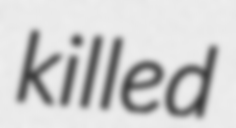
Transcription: killed